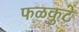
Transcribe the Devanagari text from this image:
फळकुटे